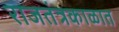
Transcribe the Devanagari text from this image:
राजतंत्रकाळात